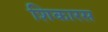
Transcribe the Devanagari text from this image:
शिकारस